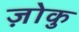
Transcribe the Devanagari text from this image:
ज़ोकु